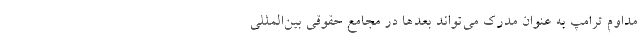
مداوم ترامپ به عنوان مدرک می‌تواند بعدها در مجامع حقوقی بین‌المللی